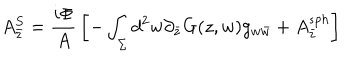
A _ { \bar { z } } ^ { S } = { \frac { i \Phi } { A } } \left[ - \int _ { \Sigma } d ^ { 2 } w \partial _ { \bar { z } } G ( z , w ) g _ { w \bar { w } } + A _ { \bar { z } } ^ { s p h } \right]